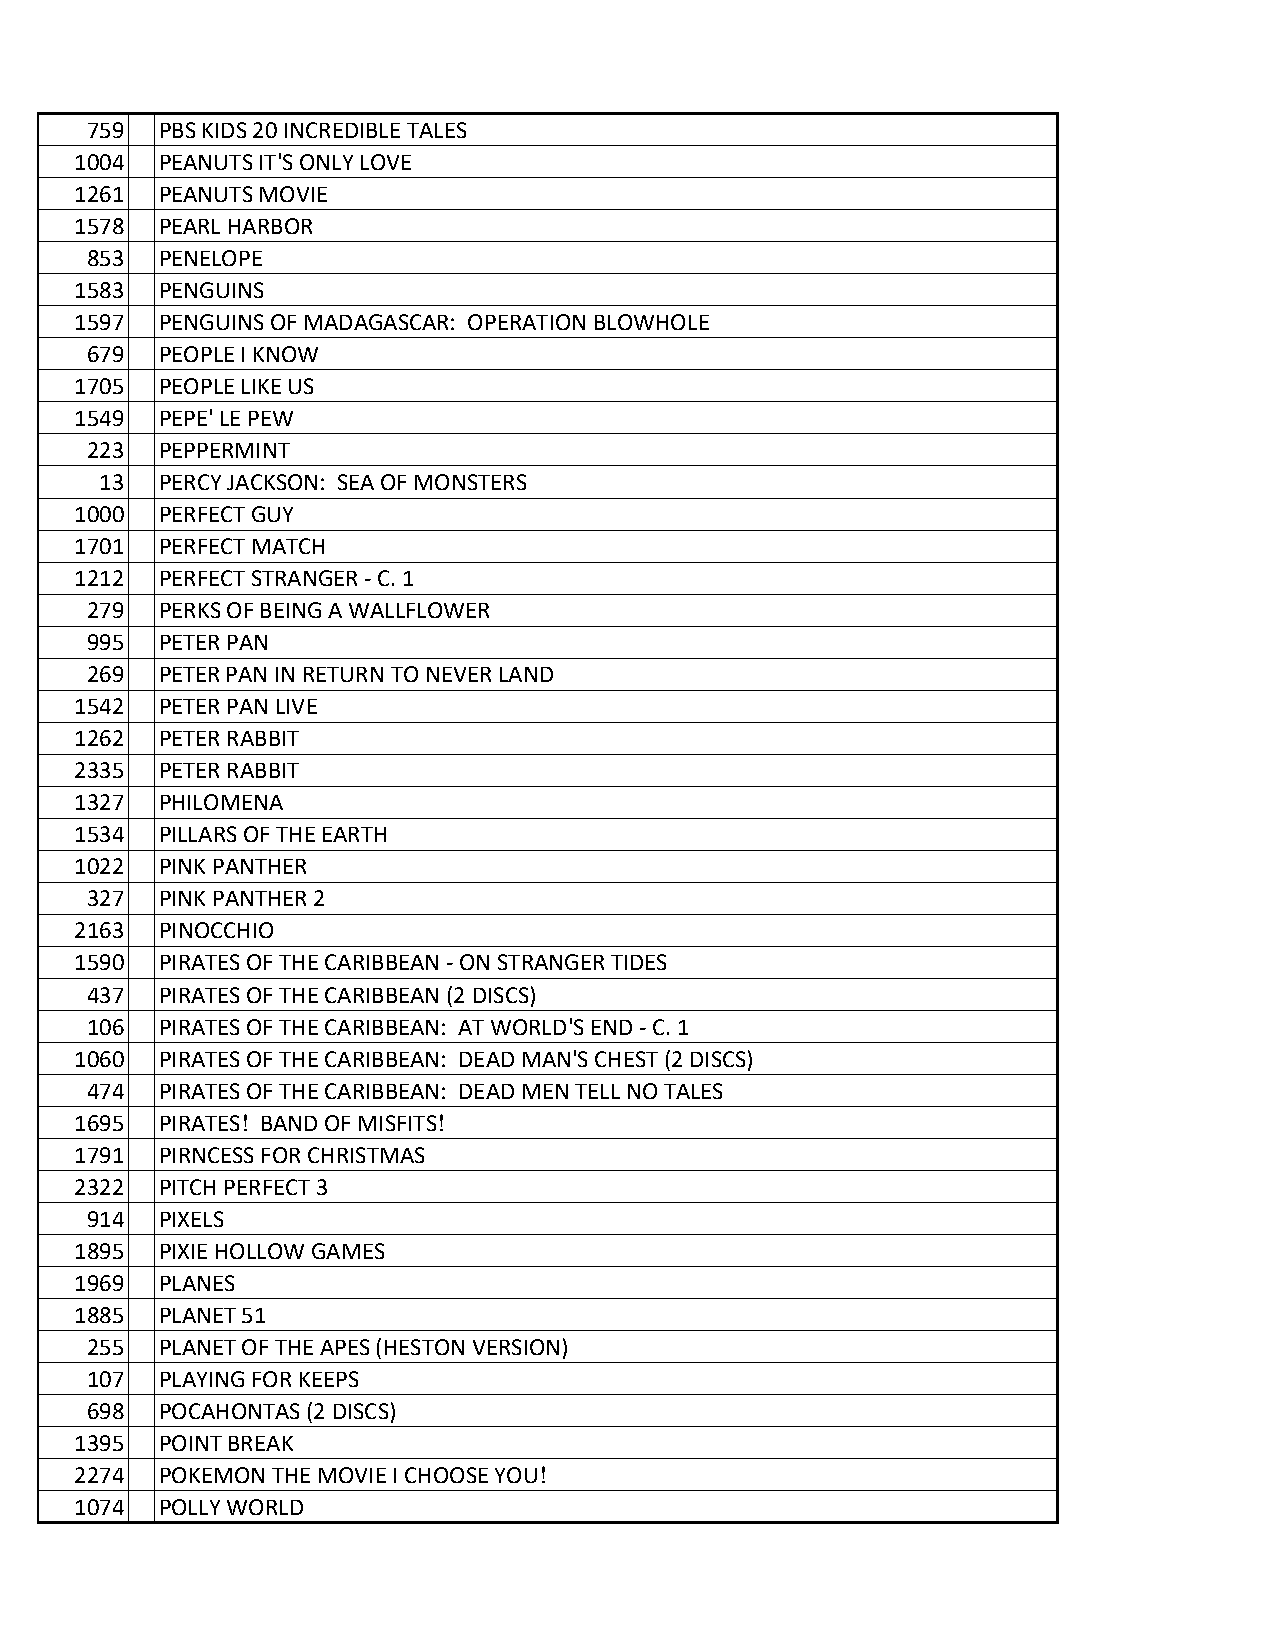
759 PBS KIDS 20 INCREDIBLE TALES
 1004 PEANUTS IT'S ONLY LOVE
 1261 PEANUTS MOVIE
 1578 PEARL HARBOR
 853 PENELOPE
 1583 PENGUINS
 1597 PENGUINS OF MADAGASCAR: OPERATION BLOWHOLE
 679 PEOPLE I KNOW
 1705 PEOPLE LIKE US
 1549 PEPE' LE PEW
 223 PEPPERMINT
 13 PERCY JACKSON: SEA OF MONSTERS
 1000 PERFECT GUY
 1701 PERFECT MATCH
 1212 PERFECT STRANGER - C. 1
 279 PERKS OF BEING A WALLFLOWER
 995 PETER PAN
 269 PETER PAN IN RETURN TO NEVER LAND
 1542 PETER PAN LIVE
 1262 PETER RABBIT
 2335 PETER RABBIT
 1327 PHILOMENA
 1534 PILLARS OF THE EARTH
 1022 PINK PANTHER
 327 PINK PANTHER 2
 2163 PINOCCHIO
 1590 PIRATES OF THE CARIBBEAN - ON STRANGER TIDES
 437 PIRATES OF THE CARIBBEAN (2 DISCS)
 106 PIRATES OF THE CARIBBEAN: AT WORLD'S END - C. 1
 1060 PIRATES OF THE CARIBBEAN: DEAD MAN'S CHEST (2 DISCS)
 474 PIRATES OF THE CARIBBEAN: DEAD MEN TELL NO TALES
 1695 PIRATES! BAND OF MISFITS!
 1791 PIRNCESS FOR CHRISTMAS
 2322 PITCH PERFECT 3
 914 PIXELS
 1895 PIXIE HOLLOW GAMES
 1969 PLANES
 1885 PLANET 51
 255 PLANET OF THE APES (HESTON VERSION)
 107 PLAYING FOR KEEPS
 698 POCAHONTAS (2 DISCS)
 1395 POINT BREAK
 2274 POKEMON THE MOVIE I CHOOSE YOU!
 1074 POLLY WORLD